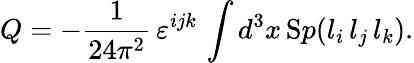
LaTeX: Q=-\frac{1}{24\pi^{2}}\, \varepsilon^{ijk}\, \int d^{3}x\, {\mathrm Sp}(l_{i}\, l_{j}\, l_{k}).